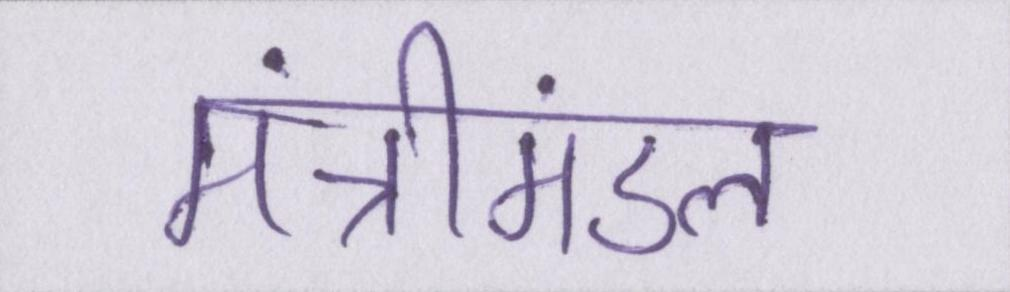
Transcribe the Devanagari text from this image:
मंत्रीमंडल